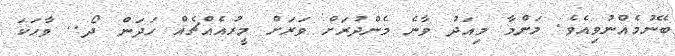
ބޭނުމެއްނުވިއެވެ. މަންމާ މިއަދު ވާނެ މެންދުރަށް ވަރަށް މީރުއެއްޗެއް ހަދަން ދޯ.. ވާހަކަ